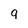
Character: 9